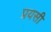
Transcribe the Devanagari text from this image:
प्रयसी